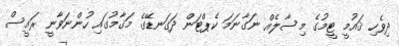
ދިވެހި ޤައުމީ ޓީމުގެ މިސާލެއް ނަގާނަމަ ކެޕްޓަން ދަގަނޑޭގެ މަޤާމުގައި ހުންނަވާނީ ރައީސް